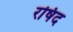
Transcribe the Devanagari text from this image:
रषिद